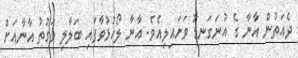
ދެއަތުން އާނާ ގެ އުނަގަނޑު ވަށައިލިއެވެ. އާނާ ލޯހުޅުވާފައި ބަލާލި ވަގުތު އާނާއަށް